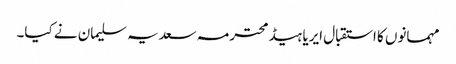
مہمانوں کا استقبال ایریا ہیڈ محترمہ سعدیہ سلیمان نے کیا۔